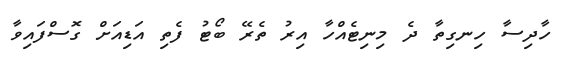
ހާދިސާ ހިނގިތާ ދެ މިނިޓެއްހާ އިރު ތެރޭ ބޯޓު ފެތި އަޑިއަށް ގޮސްފައިވާ